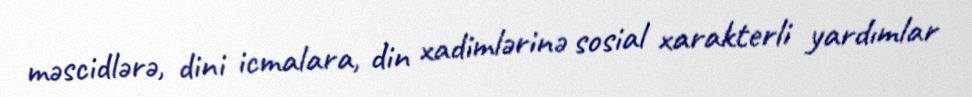
məscidlərə, dini icmalara, din xadimlərinə sosial xarakterli yardımlar